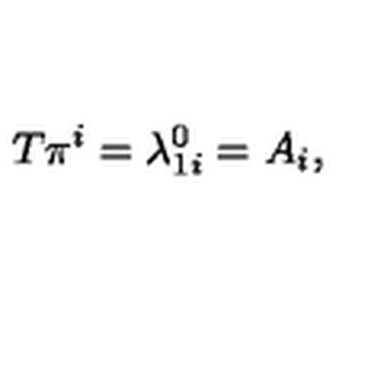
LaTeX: T \pi ^ { i } = \lambda _ { 1 i } ^ { 0 } = A _ { i } ,